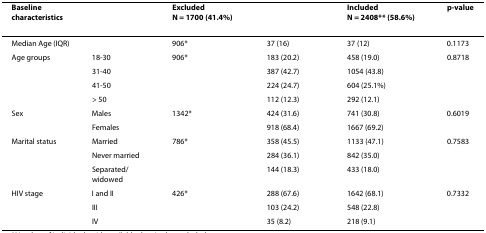
| Baseline characteristics |  | ExcludedN = 1700(41.4%) |  | IncludedN = 2408**(58.6%) | p-value |
 | --- | --- | --- | --- | --- | --- |
 | Median Age (IQR) |  | 906* | 37 (16) | 37 (12) | 0.1173 |
 | Age groups | 18-30 | 906* | 183 (20.2) | 458 (19.0) | 0.8718 |
 |  | 31-40 |  | 387 (42.7) | 1054 (43.8) |  |
 |  | 41-50 |  | 224 (24.7) | 604 (25.1%) |  |
 |  | > 50 |  | 112 (12.3) | 292 (12.1) |  |
 | Sex | Males | 1342* | 424 (31.6) | 741 (30.8) | 0.6019 |
 |  | Females |  | 918 (68.4) | 1667 (69.2) |  |
 | Marital status | Married | 786* | 358 (45.5) | 1133 (47.1) | 0.7583 |
 |  | Never married |  | 284 (36.1) | 842 (35.0) |  |
 |  | Separated/widowed |  | 144 (18.3) | 433 (18.0) |  |
 | HIV stage | I and II | 426* | 288 (67.6) | 1642 (68.1) | 0.7332 |
 |  | III |  | 103 (24.2) | 548 (22.8) |  |
 |  | IV |  | 35 (8.2) | 218 (9.1) |  |